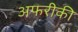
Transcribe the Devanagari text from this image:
अफरीकी